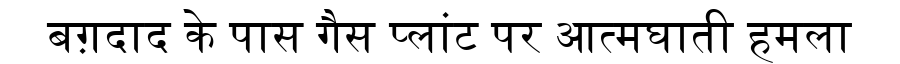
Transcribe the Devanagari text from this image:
बग़दाद के पास गैस प्लांट पर आत्मघाती हमला